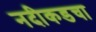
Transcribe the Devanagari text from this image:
नदीकडचा